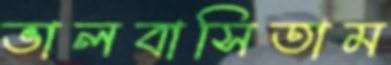
ভালবাসিতাম